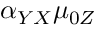
\alpha _ { Y X } \mu _ { 0 Z }